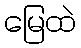
မြေထဲ